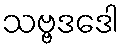
သဗ္ဗဒဒေါ